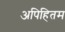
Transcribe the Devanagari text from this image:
अपिहितम